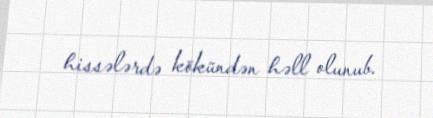
hissələrdə kökündən həll olunub.